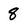
Character: 8